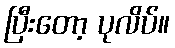
ပြီးတော့ ပုလိပ်။